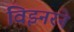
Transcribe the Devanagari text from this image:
विझ्नरने